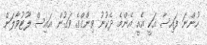
ހުންނަ ފައިސާ އަކީ އެއީ އެންމެ ދެކުނު ވިންގްގެ ވަގުން އައިސް ލޫޓުވާލަން